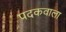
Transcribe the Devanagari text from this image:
पदकवाला